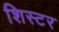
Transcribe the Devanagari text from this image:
शिस्टर